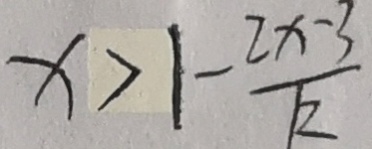
x > 1 - \frac { 2 x - 3 } { k }